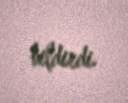
bildirdi.